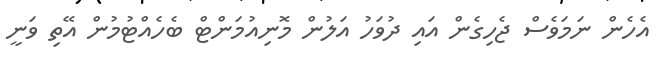
އެހެން ނަމަވެސް ޖެހިގެން އައި ދުވަހު އަލުން މޮނިއުމަންޓް ބެހެއްޓުމުން އޭތި ވަނީ